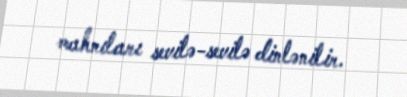
mahnıları sevilə-sevilə dinlənilir.